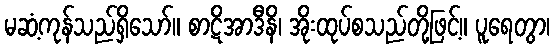
မဆံ့ကုန်သည်ရှိသော်။ စာဋိအာဒီနိ၊ အိုးထုပ်စသည်တို့ဖြင့်။ ပူရေတွာ၊